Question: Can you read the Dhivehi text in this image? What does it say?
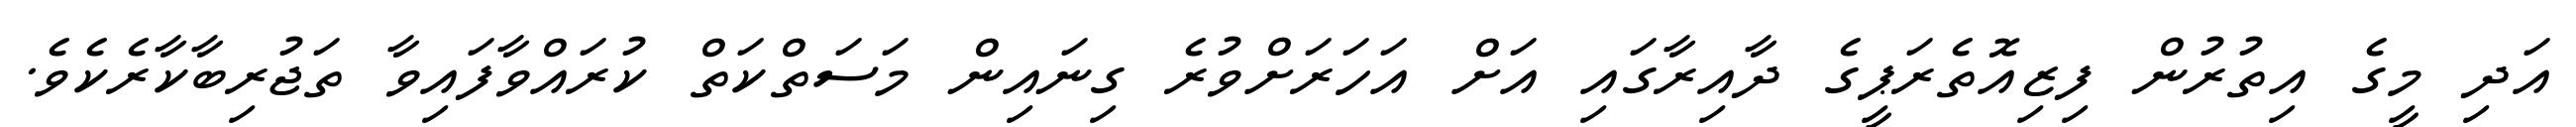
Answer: އަދި މީގެ އިތުރުން ފިޒިއޮތެރަޕީގެ ދާއިރާގައި އަށް އަހަރަށްވުރެ ގިނައިން މަސަތްކަތް ކުރައްވާފައިވާ ތަޖުރިބާކާރެކެވެ.